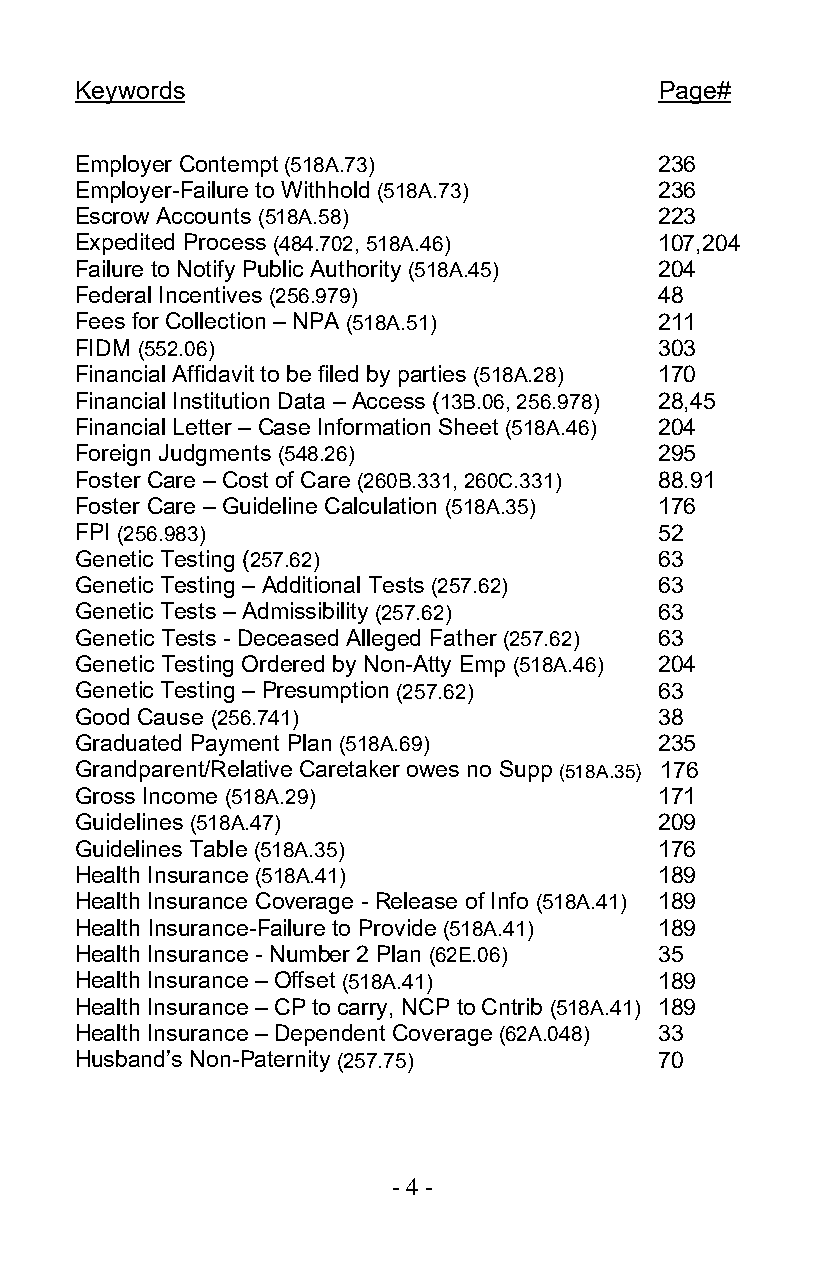
Keywords                               Page#
 Employer Contempt (518A.73)           236
 Employer-Failure to Withhold (518A.73) 236
 Escrow Accounts (518A.58)             223
 Expedited Process (484.702, 518A.46)  107,204
 Failure to Notify Public Authority (518A.45) 204
 Federal Incentives (256.979)          48
 Fees for Collection – NPA (518A.51)   211
 FIDM (552.06)                         303
 Financial Affidavit to be filed by parties (518A.28) 170
 Financial Institution Data – Access (13B.06, 256.978) 28,45
 Financial Letter – Case Information Sheet (518A.46) 204
 Foreign Judgments (548.26)            295
 Foster Care – Cost of Care (260B.331, 260C.331) 88.91
 Foster Care – Guideline Calculation (518A.35) 176
 FPI (256.983)                         52
 Genetic Testing (257.62)              63
 Genetic Testing – Additional Tests (257.62) 63
 Genetic Tests – Admissibility (257.62) 63
 Genetic Tests - Deceased Alleged Father (257.62) 63
 Genetic Testing Ordered by Non-Atty Emp (518A.46) 204
 Genetic Testing – Presumption (257.62) 63
 Good Cause (256.741)                  38
 Graduated Payment Plan (518A.69)      235
 Grandparent/Relative Caretaker owes no Supp (518A.35) 176
 Gross Income (518A.29)                171
 Guidelines (518A.47)                  209
 Guidelines Table (518A.35)            176
 Health Insurance (518A.41)            189
 Health Insurance Coverage - Release of Info (518A.41) 189
 Health Insurance-Failure to Provide (518A.41) 189
 Health Insurance - Number 2 Plan (62E.06) 35
 Health Insurance – Offset (518A.41)   189
 Health Insurance – CP to carry, NCP to Cntrib (518A.41) 189
 Health Insurance – Dependent Coverage (62A.048) 33
 Husband’s Non-Paternity (257.75)      70
 - 4 -